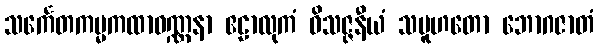
သင်္ကေတကမ္မကထာဝဏ္ဏနာ ဧဠာလုကံ ဝိသဇ္ဇနီယံ သမူဟတော ဘောဂဇာတံ